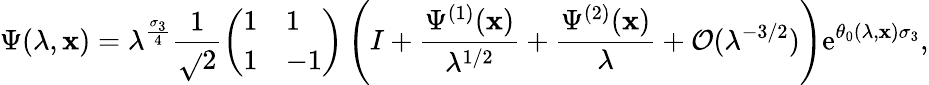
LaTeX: \Psi(\lambda,\mathbf{x})=\lambda^{\frac{{\sigma_{3}}}{{4}}}\frac{{1}}{{\sqrt{}{{2}}}}\left(\begin{array}{ll}{1}&{1}\\ {1}&{-1}\end{array}\right)\left(I+\frac{{\Psi^{(1)}(\mathbf{x})}}{{\lambda^{1/2}}}+\frac{{\Psi^{(2)}(\mathbf{x})}}{{\lambda}}+\mathcal{{O}}(\lambda^{-3/2})\right)\mathrm{{e}}^{\theta_{0}(\lambda,\mathbf{x})\sigma_{3}},